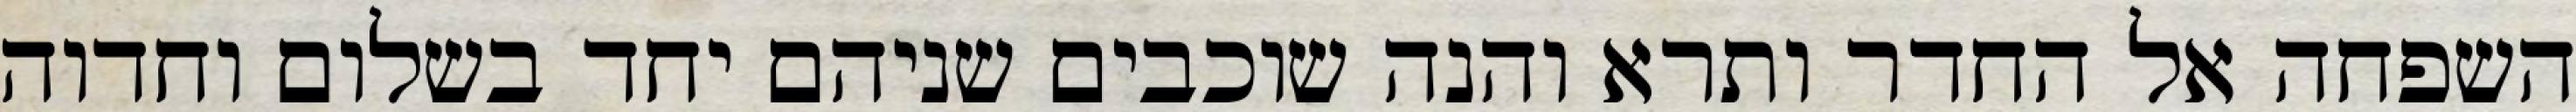
השפחה אל החדר ותרא והנה שוכבים שניהם יחד בשלום וחדוה